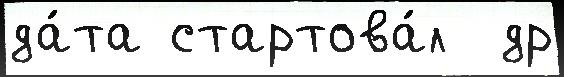
да́та стартова́л  др